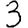
Digit: 3